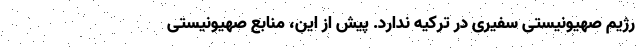
رژیم صهیونیستی سفیری در ترکیه ندارد. پیش از این، منابع صهیونیستی